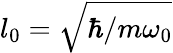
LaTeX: l_{0}=\sqrt{\hbar/m\omega_{0}}